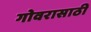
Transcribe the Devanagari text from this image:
गोवरासाठी